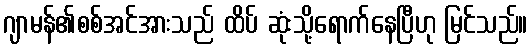
ဂျာမန်၏စစ်အင်အားသည် ထိပ် ဆုံးသို့ရောက်နေပြီဟု မြင်သည်။